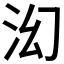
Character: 𬇚